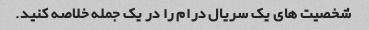
شخصیت های یک سریال درام را در یک جمله خلاصه کنید.